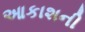
આકાશની